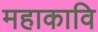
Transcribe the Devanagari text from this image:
महाकावि